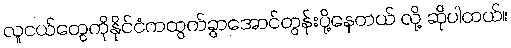
လူငယ်တွေကိုနိုင်ငံကထွက်ခွာအောင်တွန်းပို့နေတယ် လို့ ဆိုပါတယ်။